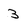
Character: 3